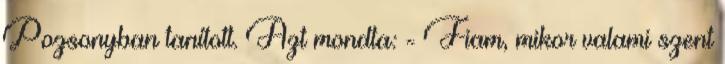
Pozsonyban tanított. Azt mondta: - Fiam, mikor valami szent